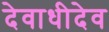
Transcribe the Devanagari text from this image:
देवाधीदेव